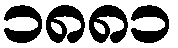
၁၈၈၁